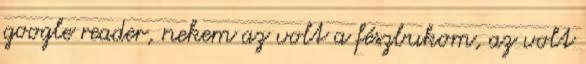
google reader, nekem az volt a fészbukom, az volt